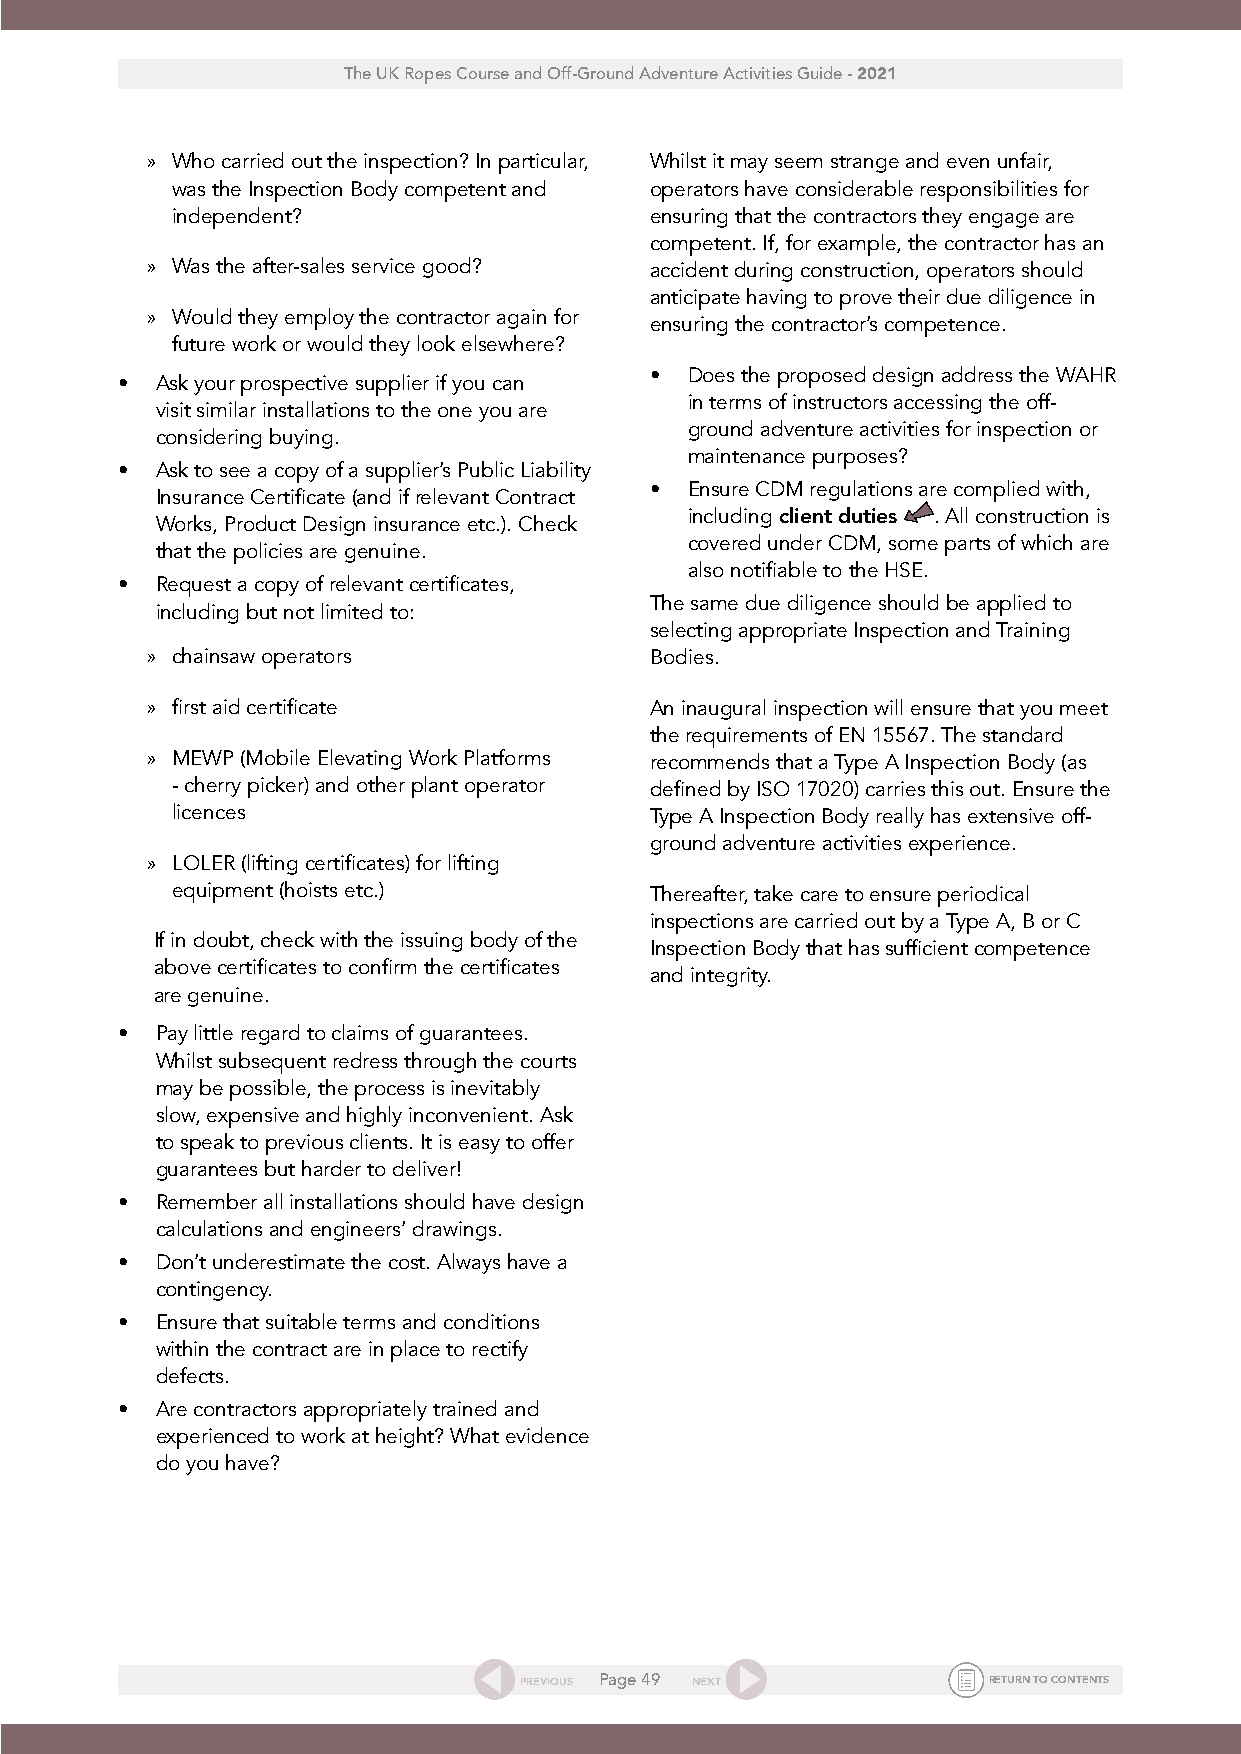
The UK Ropes Course and Off-Ground Adventure Activities Guide - 2021
 » Who carried out the inspection? In particular, Whilst it may seem strange and even unfair,
 was the Inspection Body competent and operators have considerable responsibilities for
 independent?                    ensuring that the contractors they engage are
 competent. If, for example, the contractor has an
 » Was the after-sales service good? accident during construction, operators should
 anticipate having to prove their due diligence in
 » Would they employ the contractor again for
 ensuring the contractor’s competence.
 future work or would they look elsewhere?
 • Does the proposed design address the WAHR
 • Ask your prospective supplier if you can
 in terms of instructors accessing the off-
 visit similar installations to the one you are
 ground adventure activities for inspection or
 considering buying.
 maintenance purposes?
 • Ask to see a copy of a supplier’s Public Liability
 • Ensure CDM regulations are complied with,
 Insurance Certificate (and if relevant Contract
 Works, Product Design insurance etc.). Check including client duties . All construction is
 covered under CDM, some parts of which are
 that the policies are genuine.
 also notifiable to the HSE.
 • Request a copy of relevant certificates,
 The same due diligence should be applied to
 including but not limited to:
 selecting appropriate Inspection and Training
 » chainsaw operators             Bodies.
 » first aid certificate          An inaugural inspection will ensure that you meet
 the requirements of EN 15567. The standard
 » MEWP (Mobile Elevating Work Platforms recommends that a Type A Inspection Body (as
 - cherry picker) and other plant operator defined by ISO 17020) carries this out. Ensure the
 licences                        Type A Inspection Body really has extensive off-
 ground adventure activities experience.
 » LOLER (lifting certificates) for lifting
 equipment (hoists etc.)         Thereafter, take care to ensure periodical
 inspections are carried out by a Type A, B or C
 If in doubt, check with the issuing body of the
 Inspection Body that has sufficient competence
 above certificates to confirm the certificates
 and integrity.
 are genuine.
 • Pay little regard to claims of guarantees.
 Whilst subsequent redress through the courts
 may be possible, the process is inevitably
 slow, expensive and highly inconvenient. Ask
 to speak to previous clients. It is easy to offer
 guarantees but harder to deliver!
 • Remember all installations should have design
 calculations and engineers’ drawings.
 • Don’t underestimate the cost. Always have a
 contingency.
 • Ensure that suitable terms and conditions
 within the contract are in place to rectify
 defects.
 • Are contractors appropriately trained and
 experienced to work at height? What evidence
 do you have?
 PREVIOUS Page 49 NEXT          RETURN TO CONTENTS